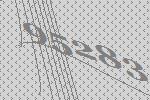
95283